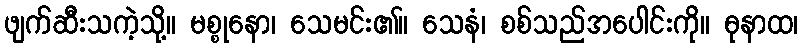
ဖျက်ဆီးသကဲ့သို့။ မစ္စုနော၊ သေမင်း၏။ သေနံ၊ စစ်သည်အပေါင်းကို။ ဓုနာထ၊